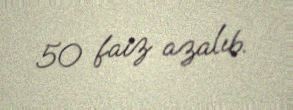
50 faiz azalıb.